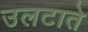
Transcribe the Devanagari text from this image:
उलटाते